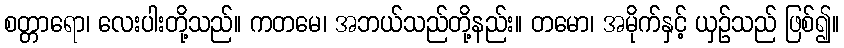
စတ္တာရော၊ လေးပါးတို့သည်။ ကတမေ၊ အဘယ်သည်တို့နည်း။ တမော၊ အမိုက်နှင့် ယှဉ်သည် ဖြစ်၍။